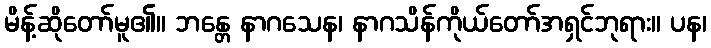
မိန့်ဆိုတော်မူ၏။ ဘန္တေ နာဂသေန၊ နာဂသိန်ကိုယ်တော်အရှင်ဘုရား။ ပန၊